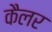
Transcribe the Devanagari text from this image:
कैलर